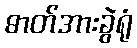
ဓာတ်အားခွဲရုံ